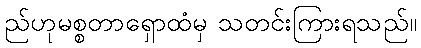
ည်ဟုမစ္စတာရှောထံမှ သတင်းကြားရသည်။